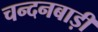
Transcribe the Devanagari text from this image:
चन्दनबाड़ी